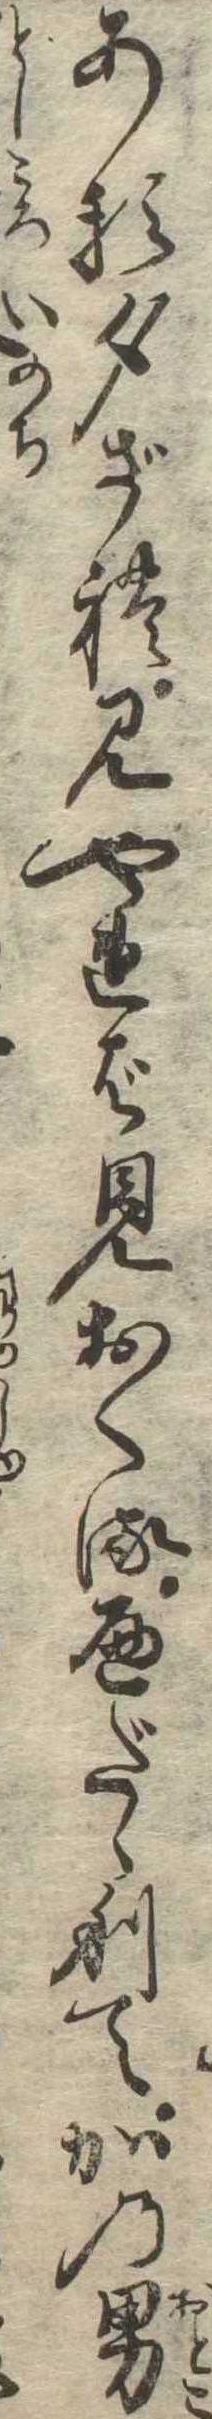
ある夕ざれ見やれば見おくるへだゝりてかの男